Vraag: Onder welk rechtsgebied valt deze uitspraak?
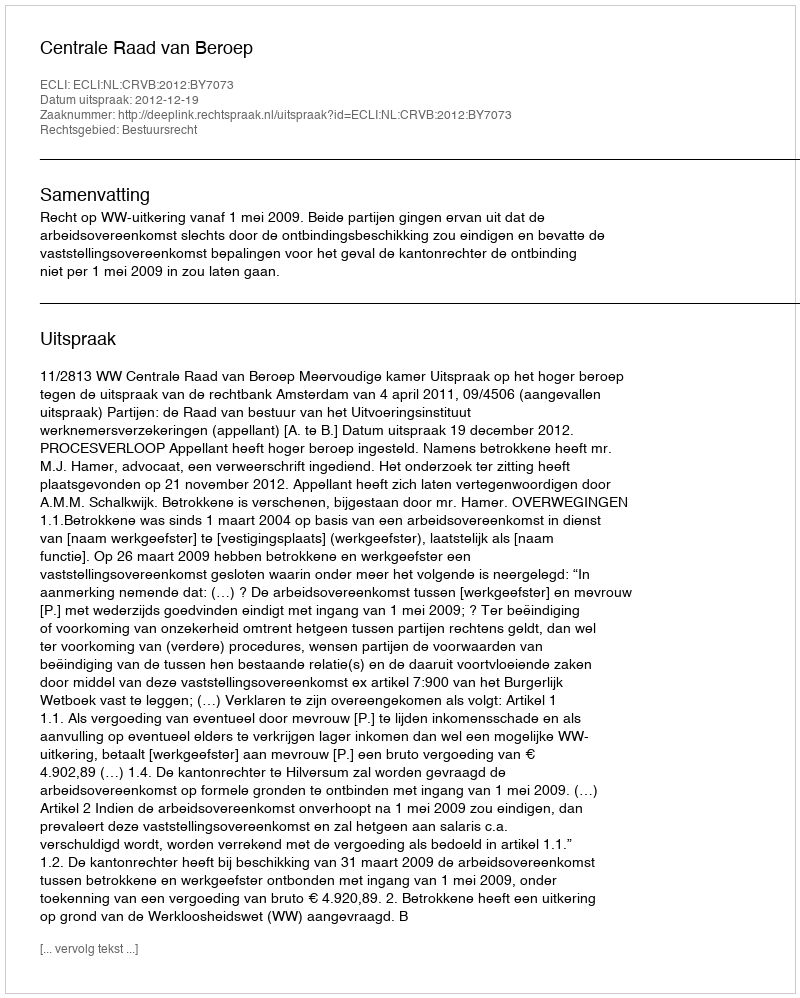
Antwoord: Bestuursrecht